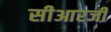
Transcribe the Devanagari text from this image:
सीआरजी